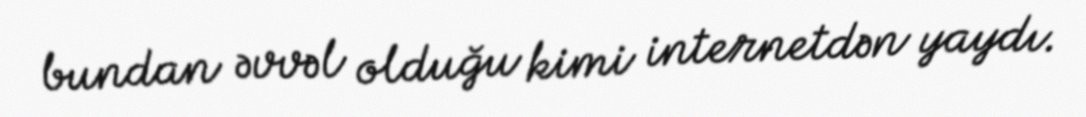
bundan əvvəl olduğu kimi internetdən yaydı.